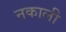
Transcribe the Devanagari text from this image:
नकाली